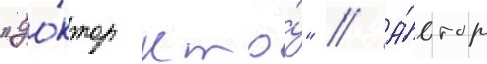
"до́ктор кто́" // А́втор